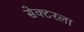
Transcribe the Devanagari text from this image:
सेक्‍टरला